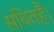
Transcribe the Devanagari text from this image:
सथितहै।